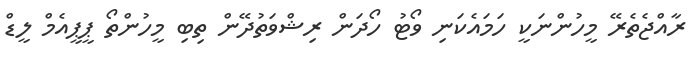
ރާއްޖެތެރޭ މީހުންނަކީ ހަމައެކަނި ވޯޓު ހޯދަން ރިޝްވަތުދޭން ތިބި މީހުންތޯ ޕީޕީއެމް ލީޑް